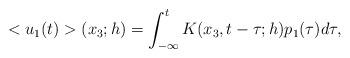
LaTeX: \begin{align*}<u_1(t)>(x_3;h)=\int_{-\infty}^{t} K(x_3,t-\tau;h)p_1(\tau)d\tau,\end{align*}